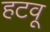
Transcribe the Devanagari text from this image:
हटवू